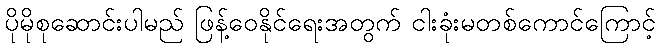
ပိုမိုစုဆောင်းပါမည် ဖြန့်ဝေနိုင်ရေးအတွက် ငါးခုံးမတစ်ကောင်ကြောင့်